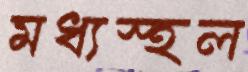
মধ্যস্হল